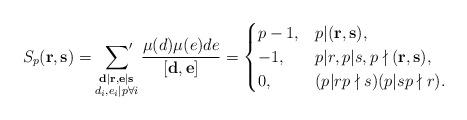
LaTeX: \begin{align*}S_p(\mathbf{r},\mathbf{s})=\sideset{}{'}\sum_{\substack{\mathbf{d}|\mathbf{r},\mathbf{e}|\mathbf{s}\\ d_i,e_i|p\forall i}}\frac{\mu(d) \mu(e) d e}{ [\mathbf{d},\mathbf{e}] }=\begin{cases}p-1,&p|(\mathbf{r},\mathbf{s}),\\-1, & p|r,p|s, p\nmid (\mathbf{r},\mathbf{s}),\\0, &(p|rp\nmid s)(p|sp\nmid r).\end{cases}\end{align*}